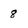
Character: 8